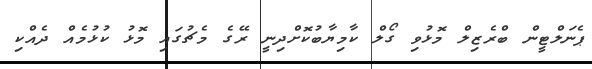
ޕެނަލްޓީން ބްރެޒިލް މޮޅުވި ގޯލް ކާމިޔާބުކޮށްދިނީ ރޭގެ މެޗުގައި މޮޅު ކުޅުމެއް ދެއްކި